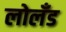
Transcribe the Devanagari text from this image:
लोलँड